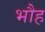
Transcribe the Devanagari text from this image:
भौह